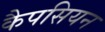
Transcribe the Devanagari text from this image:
कैपसियन